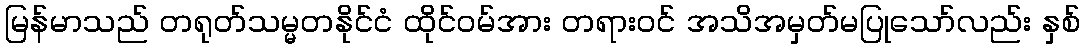
မြန်မာသည် တရုတ်သမ္မတနိုင်ငံ ထိုင်ဝမ်အား တရားဝင် အသိအမှတ်မပြုသော်လည်း နှစ်